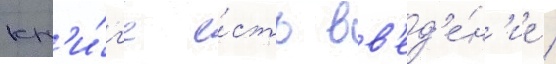
кн'и́г'е е́сть вв'ед'е́н'ие /